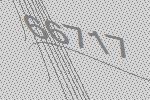
66717